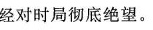
经对时局彻底绝望。